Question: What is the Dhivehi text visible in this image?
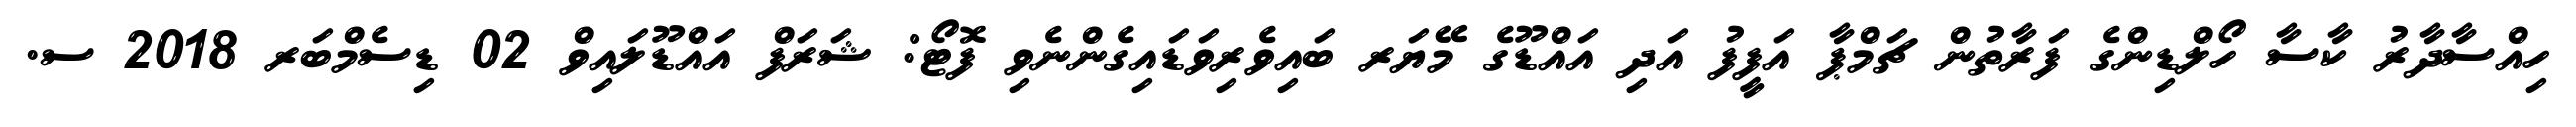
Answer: ހިއްސާދާރު ކާސާ ހޯލްޑިންގެ ފަރާތުން ޗަމްޕާ އަފީފު އަދި އައްޑޫގެ މޭޔަރ ބައިވެރިވަޑައިގެންނެވި ފޮޓޯ: ޝަރަފް އައްޑޫލައިވް 02 ޑިސެމްބަރ 2018 ސ.